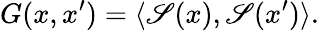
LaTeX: G(x,x^{\prime})=\langle\mathscr{S}(x),\mathscr{S}(x^{\prime})\rangle.